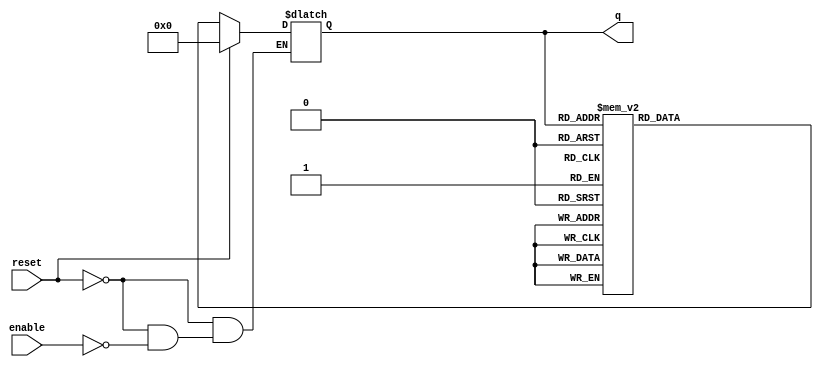
module async_johnson_counter #(
    parameter N = 4  // Number of flip-flops (stages)
)(
    input wire enable,      // Enable signal for counting
    input wire reset,       // Reset signal to initialize the counter
    output reg [N-1:0] q    // Output state of the counter
);

// Internal signal for feedback
wire feedback;

// Generate the feedback from the last flip-flop (inverted)
assign feedback = ~q[N-1];

// Asynchronous Johnson Counter logic
always @(*) begin
    if (reset) begin
        // Initialize the counter to zero
        q = 0;
    end else if (enable) begin
        // State transition logic based on current state
        case (q)
            4'b0000: q = 4'b0001;
            4'b0001: q = 4'b0011;
            4'b0011: q = 4'b0111;
            4'b0111: q = 4'b1111;
            4'b1111: q = 4'b1110;
            4'b1110: q = 4'b1100;
            4'b1100: q = 4'b1000;
            4'b1000: q = 4'b0000; // Back to start
            default: q = 4'b0000; // Default to zero if in unexpected state
        endcase
    end
end

endmodule